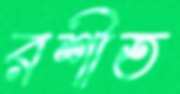
রশীত